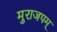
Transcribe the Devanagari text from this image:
मुराजपम्